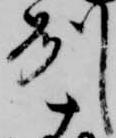
州